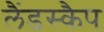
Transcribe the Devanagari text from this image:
लैंडस्कैप